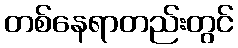
တစ်နေရာတည်းတွင်